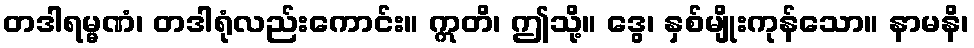
တဒါရမ္မဏံ၊ တဒါရုံလည်းကောင်း။ ဣတိ၊ ဤသို့။ ဒွေ၊ နှစ်မျိုးကုန်သော။ နာမနိ၊